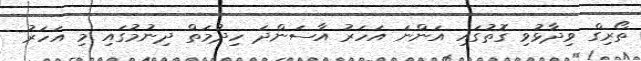
ތޯރިގް ވިދާޅުވި ގޮތުގައި އަންނަ އަހަރު އާސަންދަ ހިދުމަތް ދިނުމުގައި މި އަހަރު